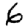
Digit: 6